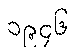
၁၉၄၆